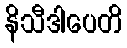
နိသီဒါပေတိ